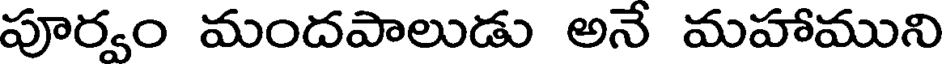
పూర్వం మందపాలుడు అనే మహాముని